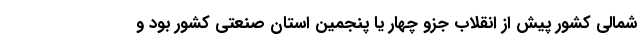
شمالی کشور پیش از انقلاب جزو چهار یا پنجمین استان صنعتی کشور بود و